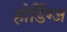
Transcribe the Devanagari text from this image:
होर्डिंग्ज